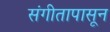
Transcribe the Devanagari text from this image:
संगीतापासून